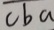
c b a